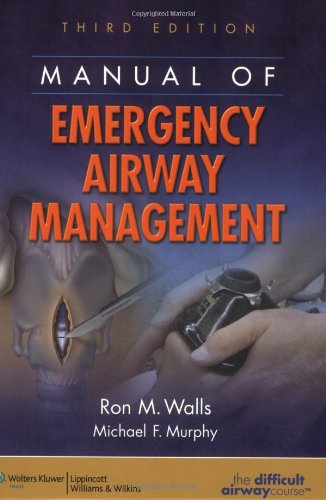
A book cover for Manual of Emergency Airway Management; Medical Books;